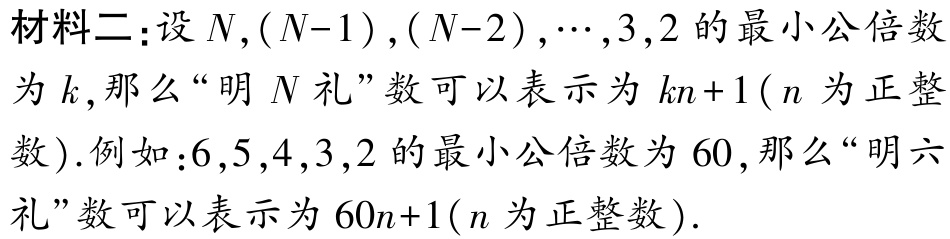
材料二：设\(N,(N - 1),(N - 2),\cdots,3,2\)的最小公倍数为\(k\)，那么“明\(N\)礼”数可以表示为\(kn + 1\)（\(n\)为正整数）. 例如：\(6,5,4,3,2\)的最小公倍数为\(60\)，那么“明六礼”数可以表示为\(60n + 1\)（\(n\)为正整数）.